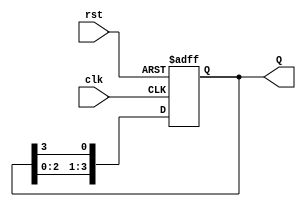
module ring_counter #(parameter N = 4) (
    input clk,            // Clock signal
    input rst,            // Asynchronous reset signal
    output reg [N-1:0] Q  // N-bit output representing the current state
);

    // Initial state on reset
    always @(posedge clk or posedge rst) begin
        if (rst) begin
            Q <= {N-1'b0, 1'b1}; // Initialize the counter to 000...001
        end else begin
            Q <= {Q[N-2:0], Q[N-1]}; // Shift the '1' to the left
        end
    end

endmodule